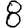
Digit: 8